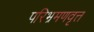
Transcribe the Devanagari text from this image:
परिभ्रमणवृत्त